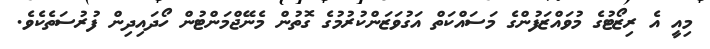
މިއީ އެ ރިޒޯޓުގެ މުވައްޒަފުންގެ މަސައްކަތް އަގުވަޒަންކުރުމުގެ ގޮތުން މެނޭޖްމަންޓުން ހޯދައިދިން ފުރުސަތެކެވެ.